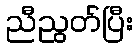
ညီညွတ်ပြီး